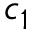
c _ { 1 }